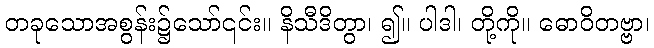
တခုသောအစွန်း၌သော်၎င်း။ နိသီဒိတွာ၊ ၍။ ပါဒါ၊ တို့ကို။ ဓောဝိတဗ္ဗာ၊